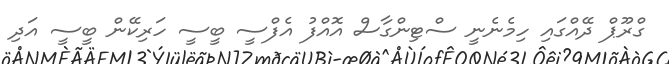
ގްރޫޕް ދޭއްގައި ހިމެނެނީ ސްޓިންގާސް އޮއްފު އެފްސީ ބީސީ ހަރިކޭން ބީސީ އަދި